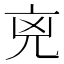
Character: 𠒋